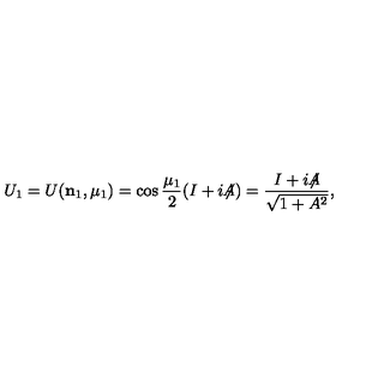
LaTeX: U _ { 1 } = U ( { \bf n } _ { 1 } , \mu _ { 1 } ) = \cos { \frac { \mu _ { 1 } } 2 } ( I + i { \not \! \! A } ) = { \frac { I + i { \not \! \! A } } { \sqrt { 1 + A ^ { 2 } } } } ,